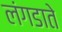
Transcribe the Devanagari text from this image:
लंगडाते